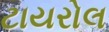
ટાયરોલ